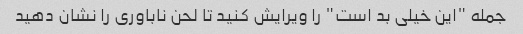
جمله "این خیلی بد است" را ویرایش کنید تا لحن ناباوری را نشان دهید